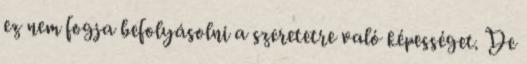
ez nem fogja befolyásolni a szeretetre való képességet. De